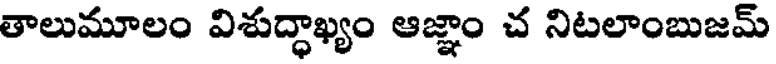
తాలుమూలం విశుద్ధాఖ్యం ఆజ్ఞాం చ నిటలాంబుజమ్